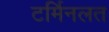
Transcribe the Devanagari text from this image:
टर्मिनलत